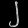
Digit: ၂